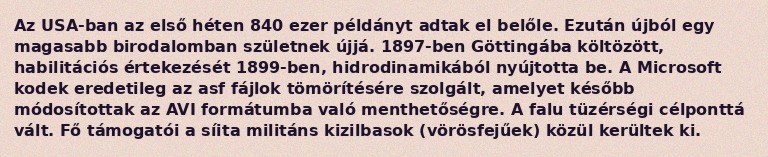
Az USA-ban az első héten 840 ezer példányt adtak el belőle. Ezután újból egy magasabb birodalomban születnek újjá. 1897-ben Göttingába költözött, habilitációs értekezését 1899-ben, hidrodinamikából nyújtotta be. A Microsoft kodek eredetileg az asf fájlok tömörítésére szolgált, amelyet később módosítottak az AVI formátumba való menthetőségre. A falu tüzérségi célponttá vált. Fő támogatói a síita militáns kizilbasok (vörösfejűek) közül kerültek ki.